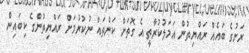
ރަށުގެ ބައެއް ރައްޔިތުން އަމަލުކުރާތީ އެ ގޮތަށް ކަންތައް ނުކުރުމަށް ރައްޔިތުންގެ ކިބައިން